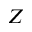
Z